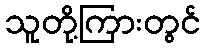
သူတို့ကြားတွင်